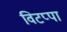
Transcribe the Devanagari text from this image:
विटप्पा